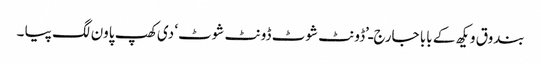
بندوق ویکھ کے بابا جارج ـ’ڈونٹ شوٹ ڈونٹ شوٹ‘ دی کھپ پاون لگ پیا ۔